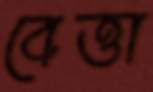
বেত্তা